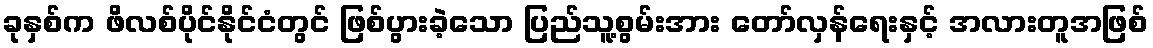
ခုနှစ်က ဖိလစ်ပိုင်နိုင်ငံတွင် ဖြစ်ပွားခဲ့သော ပြည်သူ့စွမ်းအား တော်လှန်ရေးနှင့် အလားတူအဖြစ်